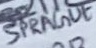
Text: SPRAGUE